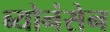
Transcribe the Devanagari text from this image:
ब्योनंसेन